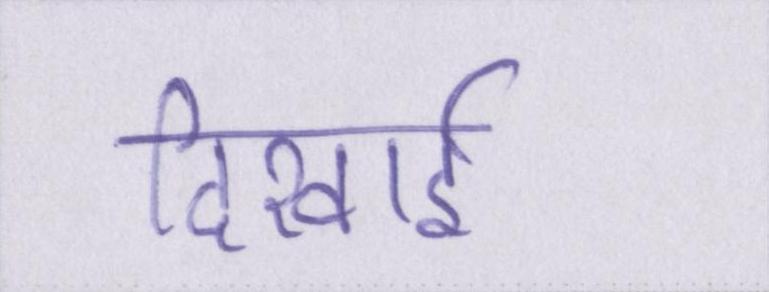
दिखाई